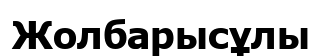
Жолбарысұлы